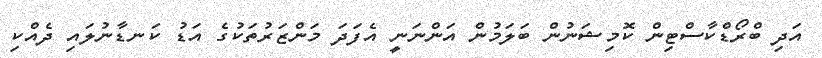
އަދި ބްރޯޑްކާސްޓިން ކޮމިޝަނުން ބަލަމުން އަންނަނީ އެފަދަ މަންޒަރުތަކުގެ އަޑު ކަނޑާނުލައި ދެއްކި